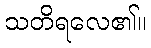
သတိရလေ၏။